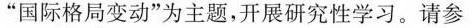
“国际格局变动为主题”，开展研究性学习。请参